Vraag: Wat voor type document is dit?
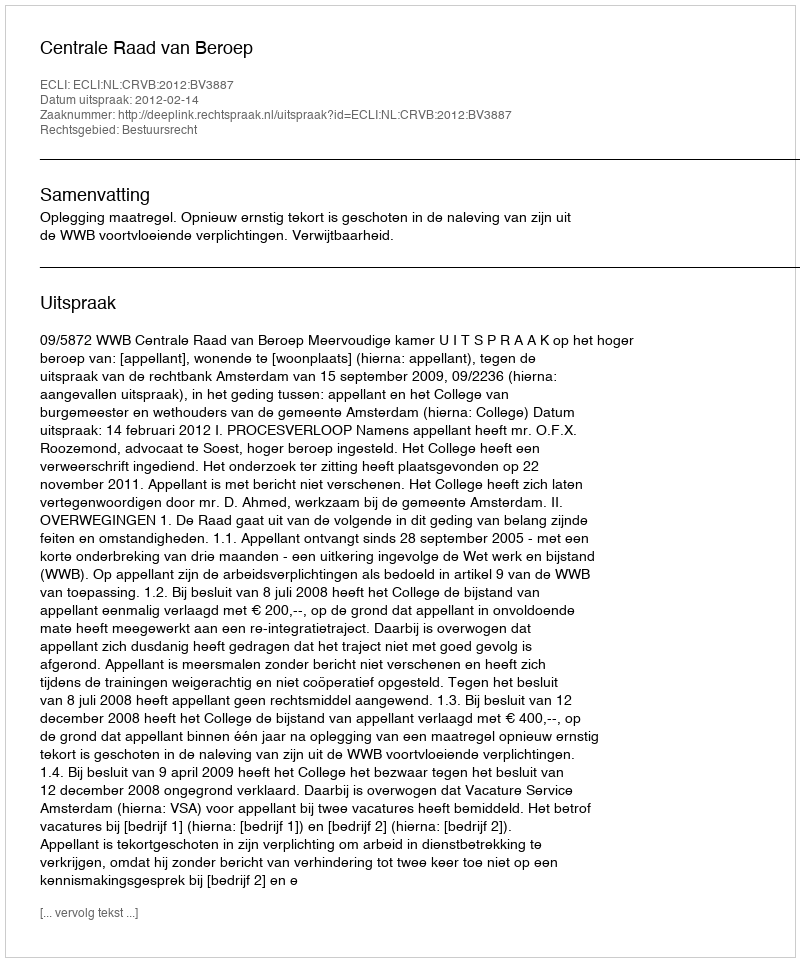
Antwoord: Uitspraak